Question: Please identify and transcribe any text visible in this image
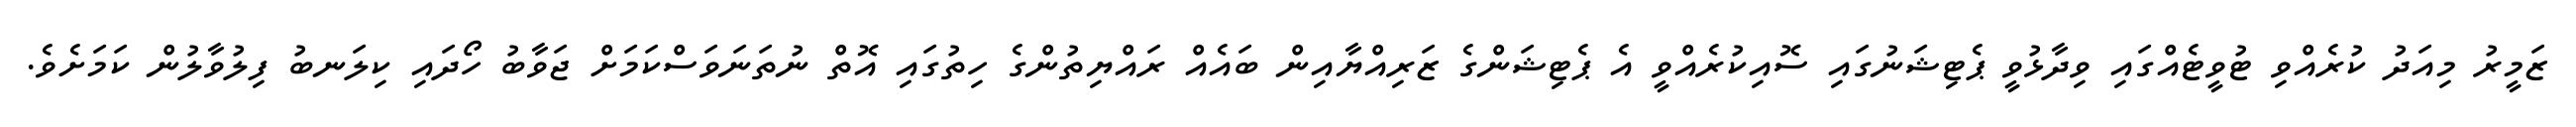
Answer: ޒަމީރު މިއަދު ކުރެއްވި ޓުވީޓެއްގައި ވިދާޅުވީ ޕެޓިޝަނުގައި ސޮއިކުރެއްވީ އެ ޕެޓިޝަންގެ ޒަރިއްޔާއިން ބައެއް ރައްޔިތުންގެ ހިތުގައި އޮތް ނުތަނަވަސްކަމަށް ޖަވާބު ހޯދައި ކިލަނބު ފިލުވާލުން ކަމަށެވެ.